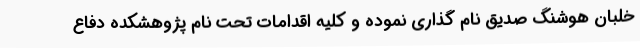
خلبان هوشنگ صدیق نام گذاری نموده و کلیه اقدامات تحت نام پژوهشکده دفاع